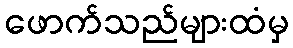
ဖောက်သည်များထံမှ